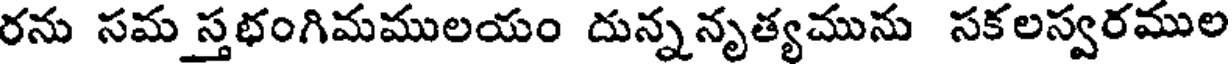
రను సమ స్తభంగిమములయం దున్ననృత్యమును సకలస్వరముల